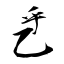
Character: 乯